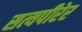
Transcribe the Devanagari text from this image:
सत्यपीरेर